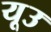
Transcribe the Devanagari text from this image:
यूउ